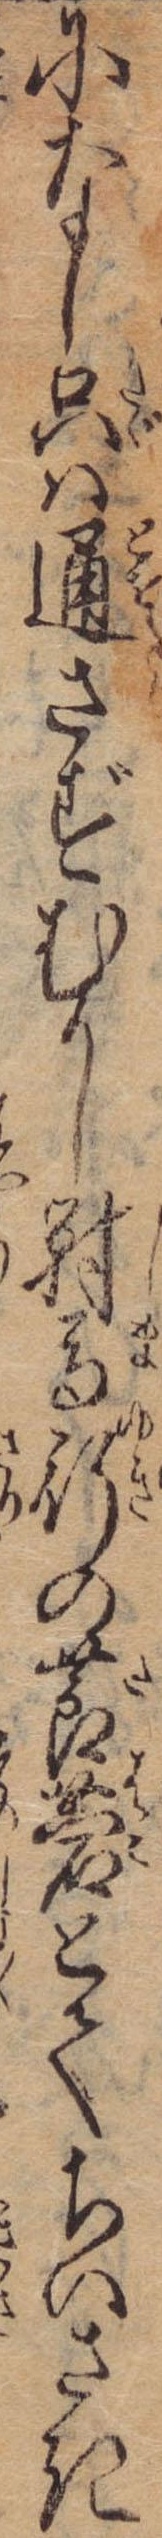
になし只は通さずむかし対馬行の莨菪とてちいさき